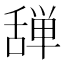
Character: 𰰆